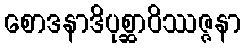
စောဒနာဒိပုစ္ဆာဝိဿဇ္ဇနာ